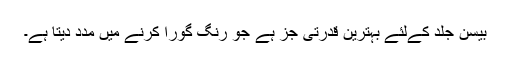
بیسن جلد کےلئے بہترین قدرتی جُز ہے جو رنگ گورا کرنے میں مدد دیتا ہے۔